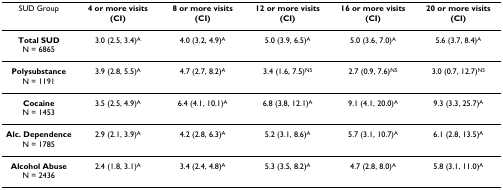
| SUD Group | 4 or more visits (CI) | 8 or more visits (CI) | 12 or more visits (CI) | 16 or more visits (CI) | 20 or more visits (CI) |
 | --- | --- | --- | --- | --- | --- |
 | Total SUDN = 6865 | 3.0 (2.5, 3.4)A | 4.0 (3.2, 4.9)A | 5.0 (3.9, 6.5)A | 5.0 (3.6, 7.0)A | 5.6 (3.7, 8.4)A |
 | PolysubstanceN = 1191 | 3.9 (2.8, 5.5)A | 4.7 (2.7, 8.2)A | 3.4 (1.6, 7.5)NS | 2.7 (0.9, 7.6)NS | 3.0 (0.7, 12.7)NS |
 | CocaineN = 1453 | 3.5 (2.5, 4.9)A | 6.4 (4.1, 10.1)A | 6.8 (3.8, 12.1)A | 9.1 (4.1, 20.0)A | 9.3 (3.3, 25.7)A |
 | Alc. DependenceN = 1785 | 2.9 (2.1, 3.9)A | 4.2 (2.8, 6.3)A | 5.2 (3.1, 8.6)A | 5.7 (3.1, 10.7)A | 6.1 (2.8, 13.5)A |
 | Alcohol AbuseN = 2436 | 2.4 (1.8, 3.1)A | 3.4 (2.4, 4.8)A | 5.3 (3.5, 8.2)A | 4.7 (2.8, 8.0)A | 5.8 (3.1, 11.0)A |